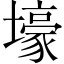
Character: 壕